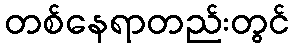
တစ်နေရာတည်းတွင်